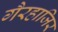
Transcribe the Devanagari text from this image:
गैरहाजिर